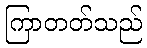
ကြာတတ်သည်